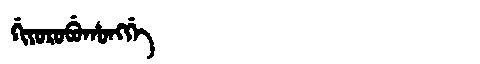
Manchu: ᡤᡳᠶᠣᡵᠣᠪᡠᡥᠣᠩᡤᡝ
Romanization: GIYOROBUHONGGE